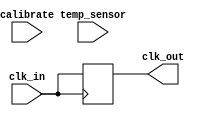
module TempCompensatedClockBuffer (
    input wire clk_in,            // Input clock
    input wire [7:0] temp_sensor, // Temperature sensor input (in degrees Celsius)
    input wire calibrate,         // Signal to initiate calibration
    output reg clk_out            // Output clock
);

// Memory block for storing calibration data
reg [7:0] calibration_data [0:255]; // Example: 256 entries for temperature calibration
reg [7:0] temp_offset;               // Timing offset based on temperature
reg [7:0] current_temp;              // Current temperature reading

// State for calibration process
reg [1:0] state;
localparam IDLE = 2'b00, CALIBRATE = 2'b01, UPDATE = 2'b10;

// Clock buffer with delay adjustment based on temperature
always @(posedge clk_in) begin
    if (temp_offset > 0) begin
        clk_out <= #temp_offset clk_in; // Adjust output clock based on offset
    end else begin
        clk_out <= clk_in; // No adjustment
    end
end

// Temperature compensation logic
always @(posedge clk_in) begin
    current_temp <= temp_sensor; // Read temperature sensor

    // Control logic based on temperature
    if (current_temp >= 20 && current_temp < 25) begin
        temp_offset <= calibration_data[20]; // Example calibration data for 20C
    end else if (current_temp >= 25 && current_temp < 30) begin
        temp_offset <= calibration_data[25]; // Example calibration data for 25C
    end else if (current_temp >= 30 && current_temp < 35) begin
        temp_offset <= calibration_data[30]; // Example calibration data for 30C
    end else begin
        temp_offset <= 0; // Default offset
    end
end

// Calibration mechanism
always @(posedge calibrate) begin
    state <= CALIBRATE; // Enter calibration state
end

always @(posedge clk_in) begin
    case (state)
        CALIBRATE: begin
            // Perform calibration routine
            // Store calibration data based on known temperature
            calibration_data[current_temp] <= temp_offset; // Store offset for current temperature
            state <= IDLE; // Return to idle state after calibration
        end
        IDLE: begin
            // Do nothing
        end
        default: begin
            state <= IDLE; // Default state
        end
    endcase
end

endmodule